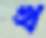
খ